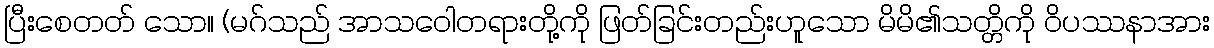
ပြီးစေတတ် သော။ (မဂ်သည် အာသဝေါတရားတို့ကို ဖြတ်ခြင်းတည်းဟူသော မိမိ၏သတ္တိကို ဝိပဿနာအား